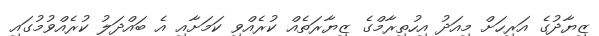
ޒިޔާދުގެ އަރިހަށް މިއަދު އިހުތިރާމްގެ ޒިޔާރަތެއް ކުރެއްވި ކަމަށާއި އެ ބައްދަލު ކުރެއްވުމުގައި